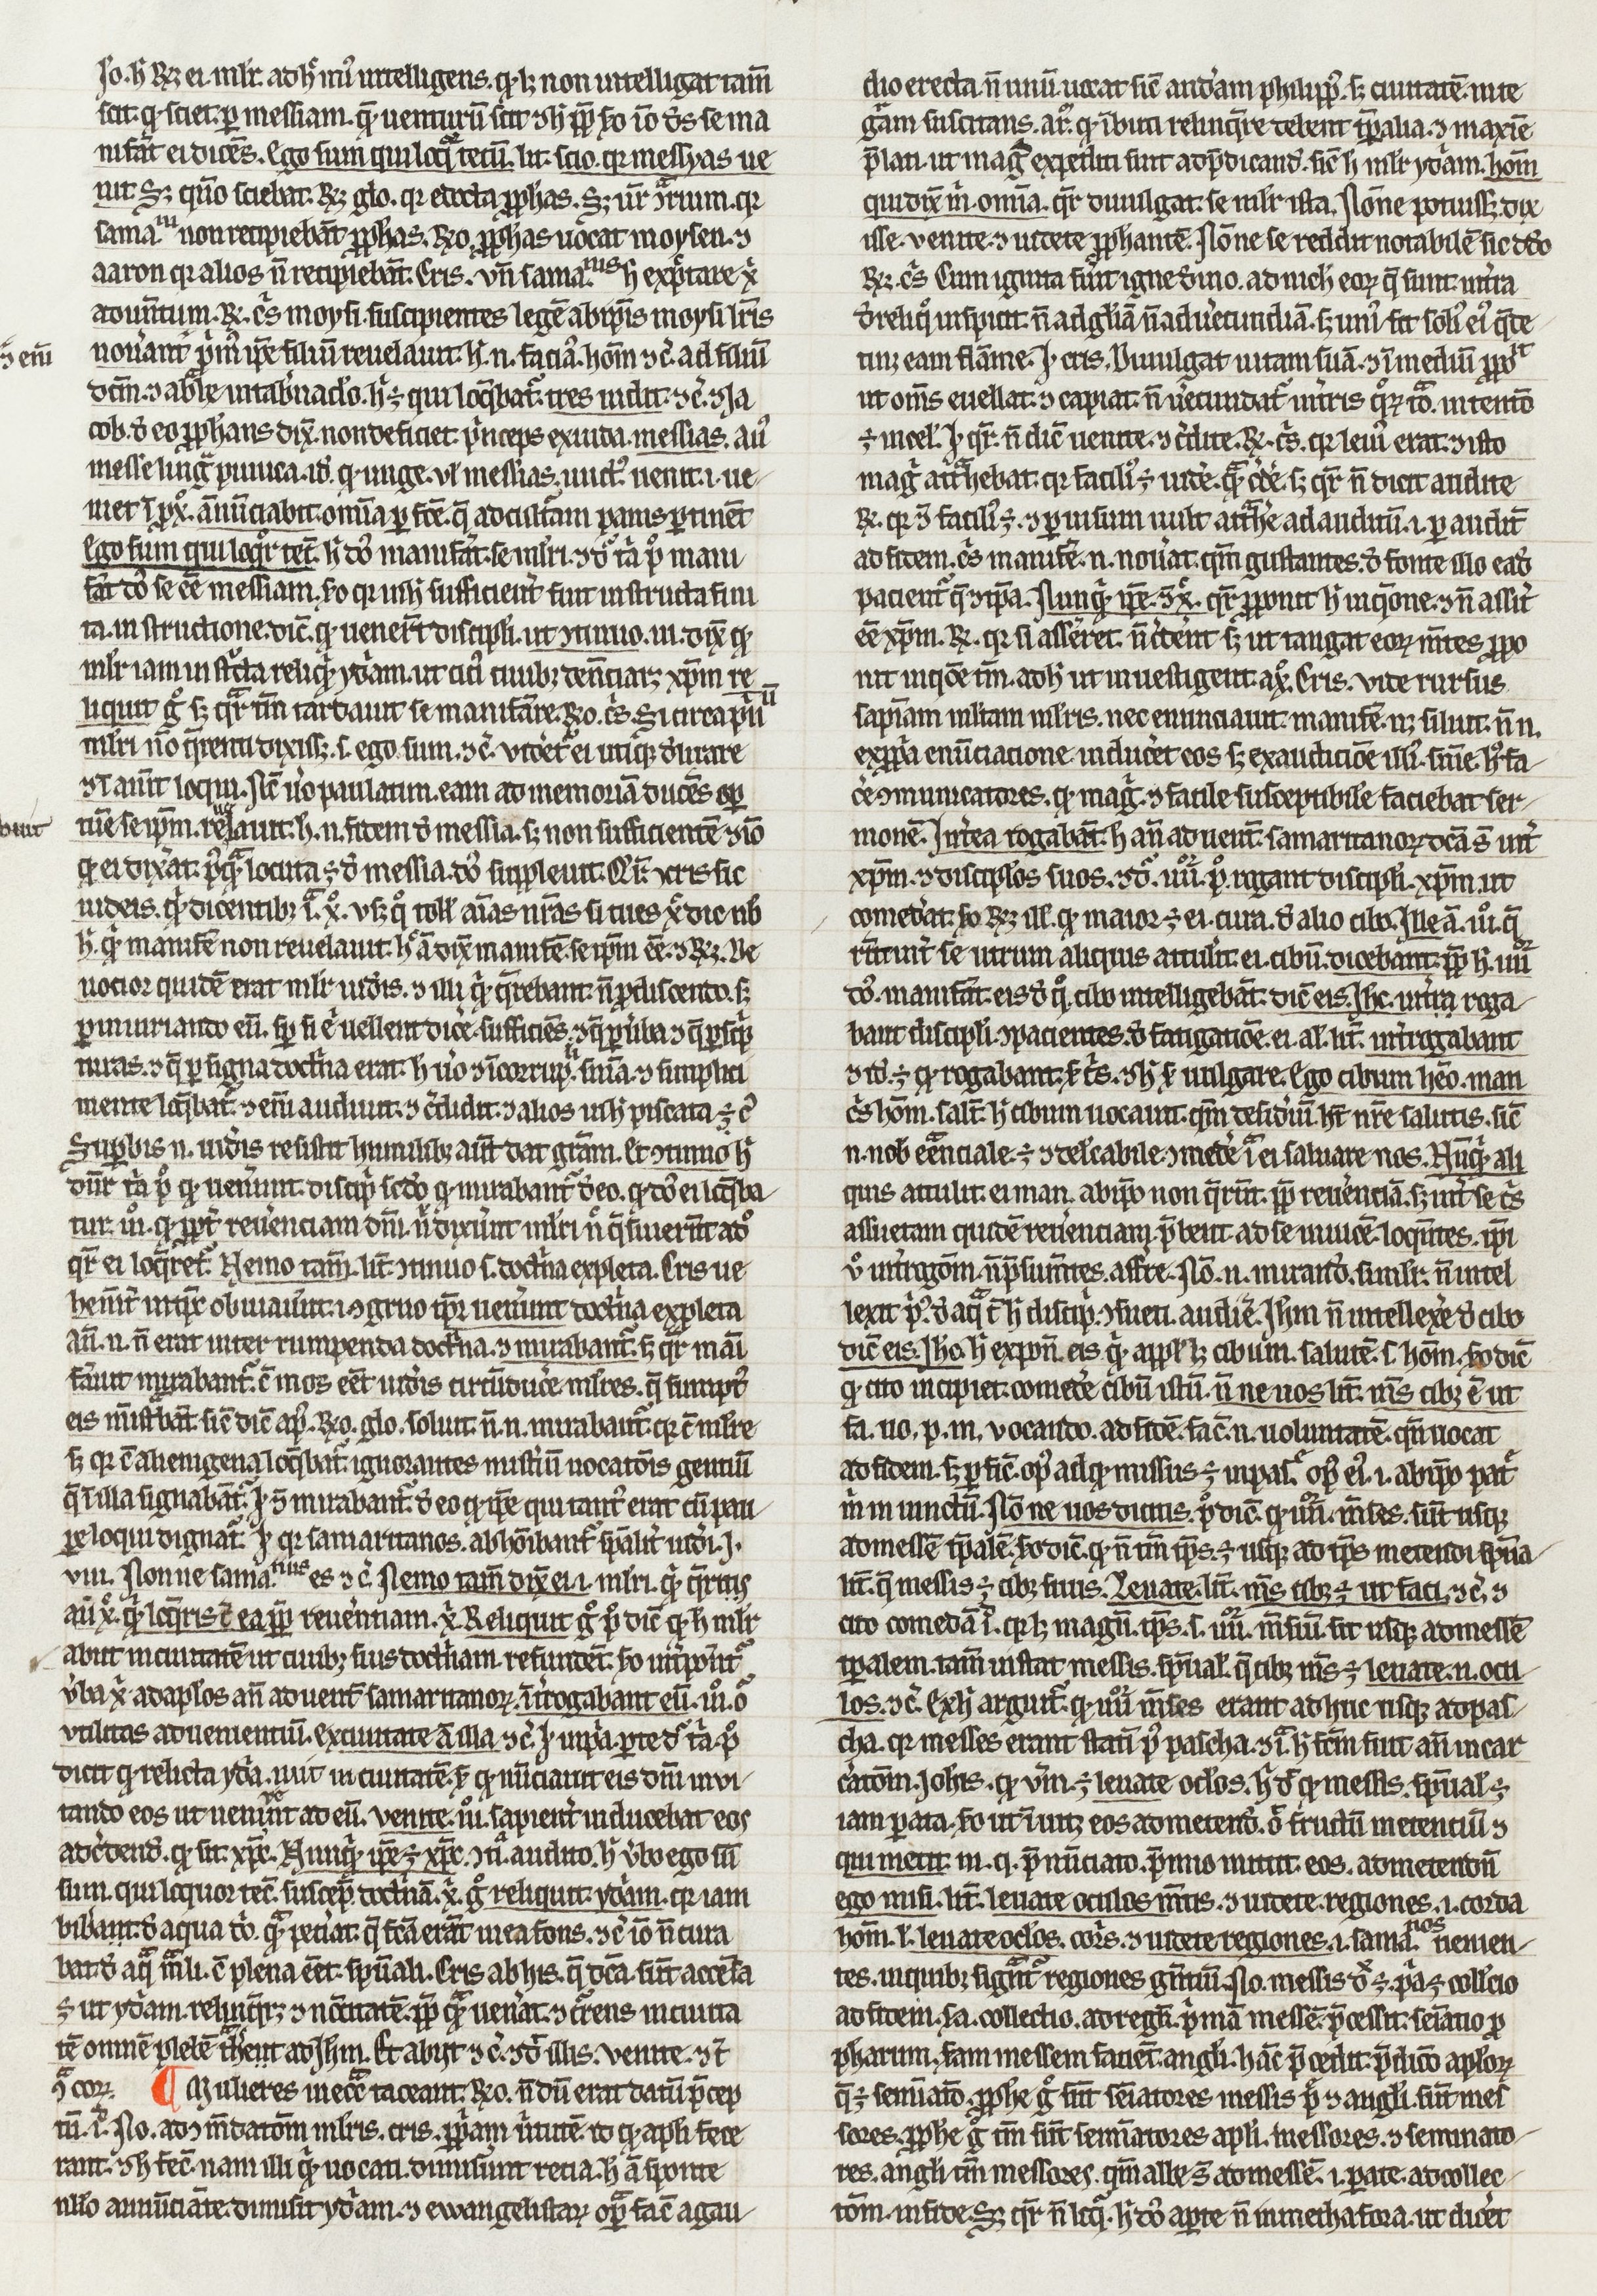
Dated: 1400–1430